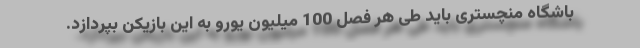
باشگاه منچستری باید طی هر فصل 100 میلیون یورو به این بازیکن بپردازد.